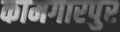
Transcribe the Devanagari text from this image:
कामगारपुर